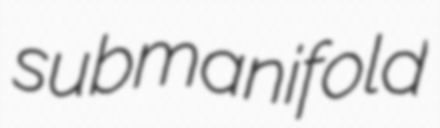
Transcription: submanifold